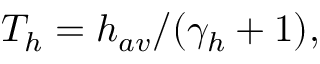
T _ { h } = h _ { a v } / ( \gamma _ { h } + 1 ) ,